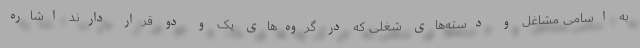
به اسامی مشاغل و دسته‌های شغلی که در گروه‌های یک و دو قرار دارند اشاره